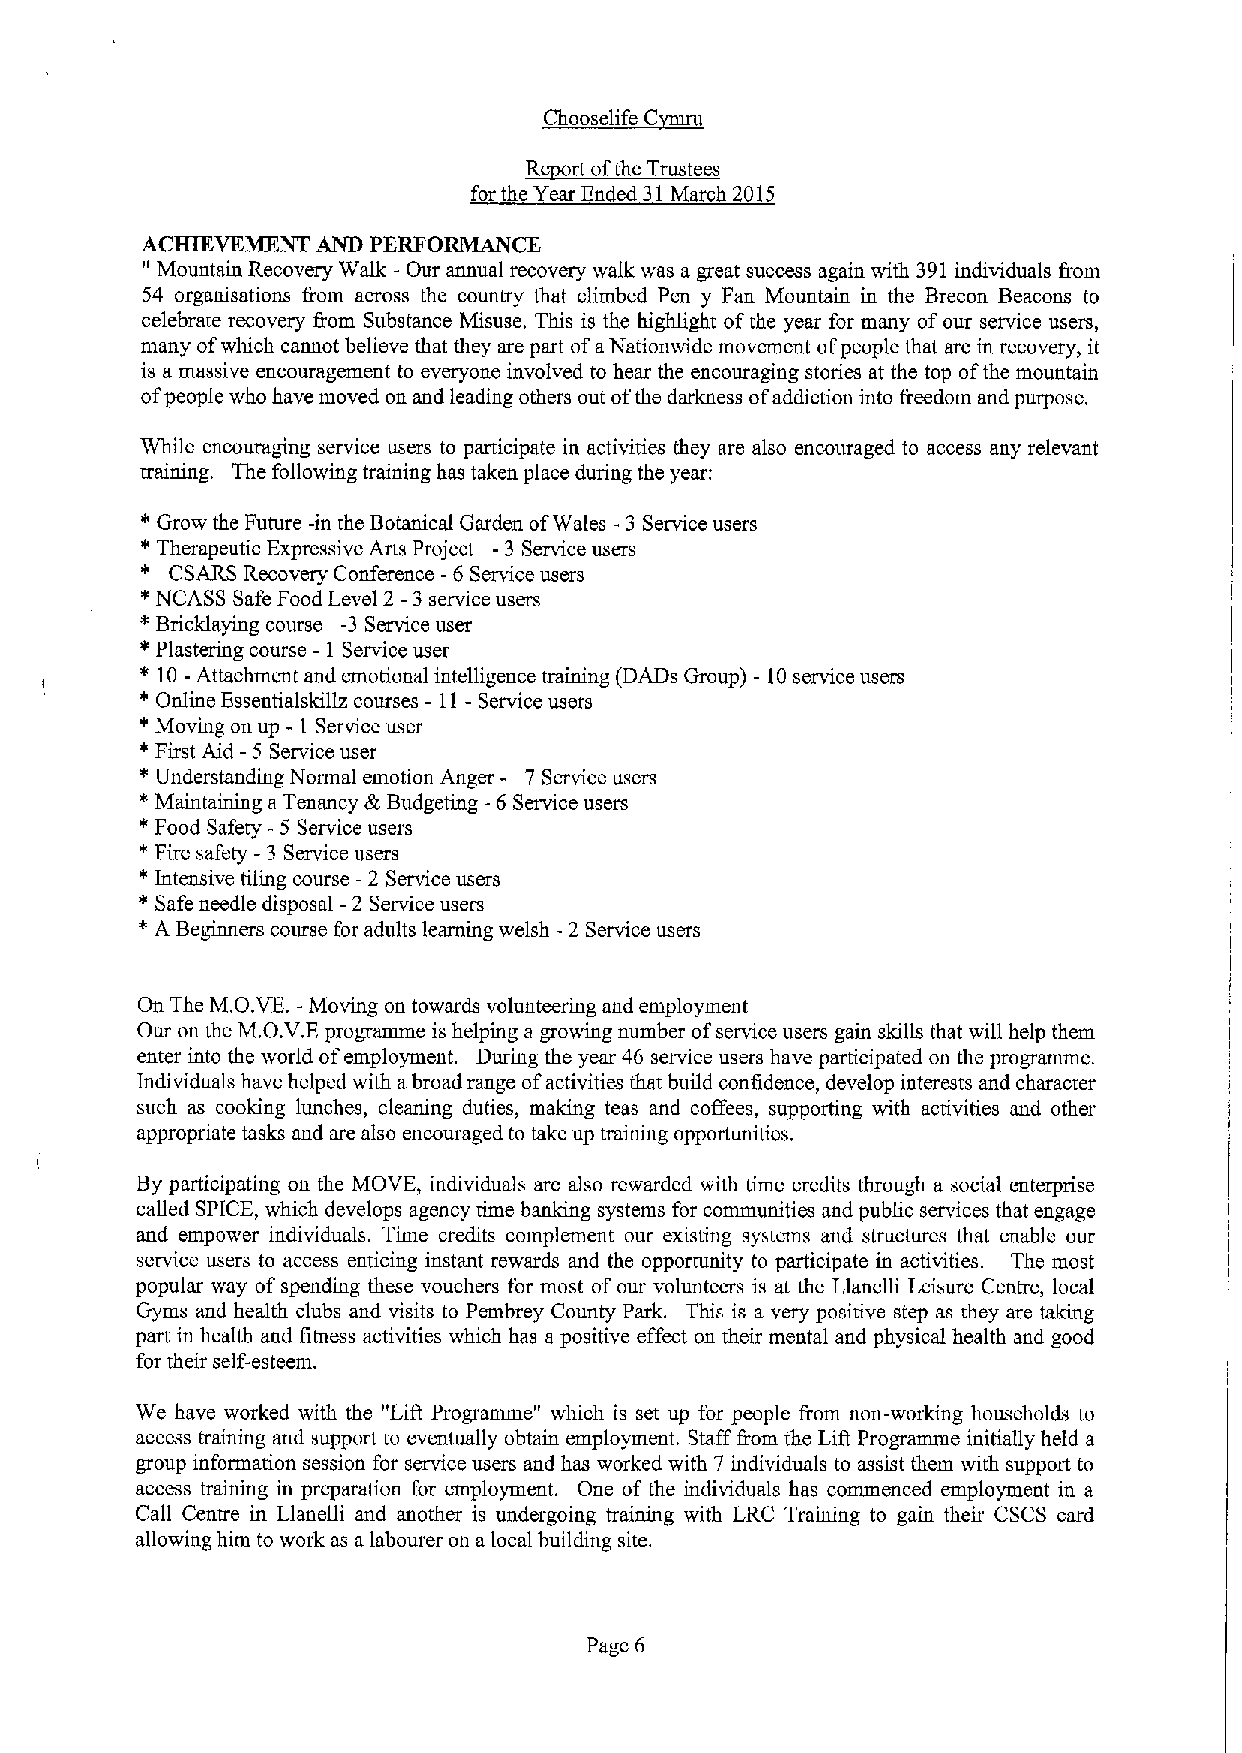
uc
 ~Ch    C
 R  rt ofthe Trustees
 for the Year Ended 31March 2015
 ACHIKVKMXNT AND PERFORMANCE
 "
 Mountain Recovery Walk - Our annual recovery walk was a great success again with 391individuals &om
 54 organisations fiom across the country that climbed Pen y Fan Mountain in the Brecon Beacons to
 celebrate recovery from Substance Misuse. This is the highlight ofthe year for many ofour service users,
 many ofwhich cannot believe that they are part ofaNationwide movement ofpeople that are in recovery, it
 is a massive encouragement to everyone involved to hear the encouraging stories at the top ofthe mountain
 ofpeople who have moved on and leading others out ofthe darkness ofaddiction into &eedom and purpose.
 While encouraging service users to participate in activities they are also encouraged to access any relevant
 training. The following training has taken place during the year:
 s Grow the Future -in the Botanical Garden ofWales - 3 Service users
 ~Therapeutic Expressive Arts Project -3 Service users
 CSARS Recovery Conference -6 Service users
 ~NCASS Safe Food Level 2 -3service users
 *
 Bricklaying course -3 Service user
 ~ Plastering course - I Service user
 ~ 10-Attachment and emotional intelligence training (DADs Group) - 10service users
 ~ Online Essentialskillz courses - 11- Service users
 ~ Moving on up - I Service user
 ~ First Aid - 5 Service user
 *
 Understanding Normal emotion Anger - 7 Service users
 *
 Maintaining aTenancy dk Budgeting -6 Service users
 ~ Food Safety - 5 Service users
 ~ Fire safety -3 Service users
 ~ Intensive tiling course -2 Service users
 *
 Safe needle disposal -2 Sertdce users
 *
 A Beginners course for adults learning welsh -2 Service users
 On The M.O.VE.-Moving on towards volunteering and employment
 Our on the M.O.V.Eprogramme is helping a growing number ofservice users gain skills that will help them
 enter into the world ofemployment. During the year 46 service users have participated on the programme.
 Individuals have helped with abroad range ofactivities that build confidence, develop interests and character
 such as cooking lunches, cleaning duties, making tens and coffees, supporting with activities and other
 appropriate tasks and are also encouraged to take up training opportunities.
 By participating on the MOVE, individuals are also rewarded with time credits through a social enterprise
 called SPICE, which develops agency time banking systems for communities and public services that engage
 and empower individuals. Time credits complement our existing systems and structures that enable our
 service users to access enticing instant rewards and the opportunity to participate in activities. The most
 popular way ofspending these vouchers for most ofour volunteers is at the Llanelli Leisure Centre, local
 Gyms and health clubs and visits to Pembrey County Park. This is a very positive step as they are taking
 part in health and fitness activities which has apositive effect on their mental and physical health and good
 for their self-esteem.
 We have worked with the "Lift Programme" which is set up for people &om non-working households to
 access training and support to eventually obtain employment. Staff from the Lift Programme initially held a
 group information session for service users and has worked with 7 individuals to assist them with support to
 access training in preparation for employment. One of the individuals has commenced employment in a
 Call C'entre in Llanelli and another is undergoing training with LRC Training to gain their CSCS card
 allowing him to work as alabourer on alocal building site.
 Page 6